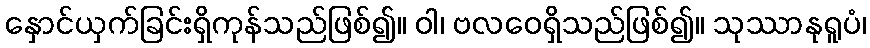
နှောင်ယှက်ခြင်းရှိကုန်သည်ဖြစ်၍။ ဝါ၊ ဗလဝေရှိသည်ဖြစ်၍။ သုဿာနုရူပံ၊